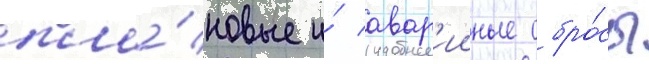
пла́новые и́ авар'ииные сбро́сы